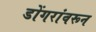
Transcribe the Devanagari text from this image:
डोंगरांवरून